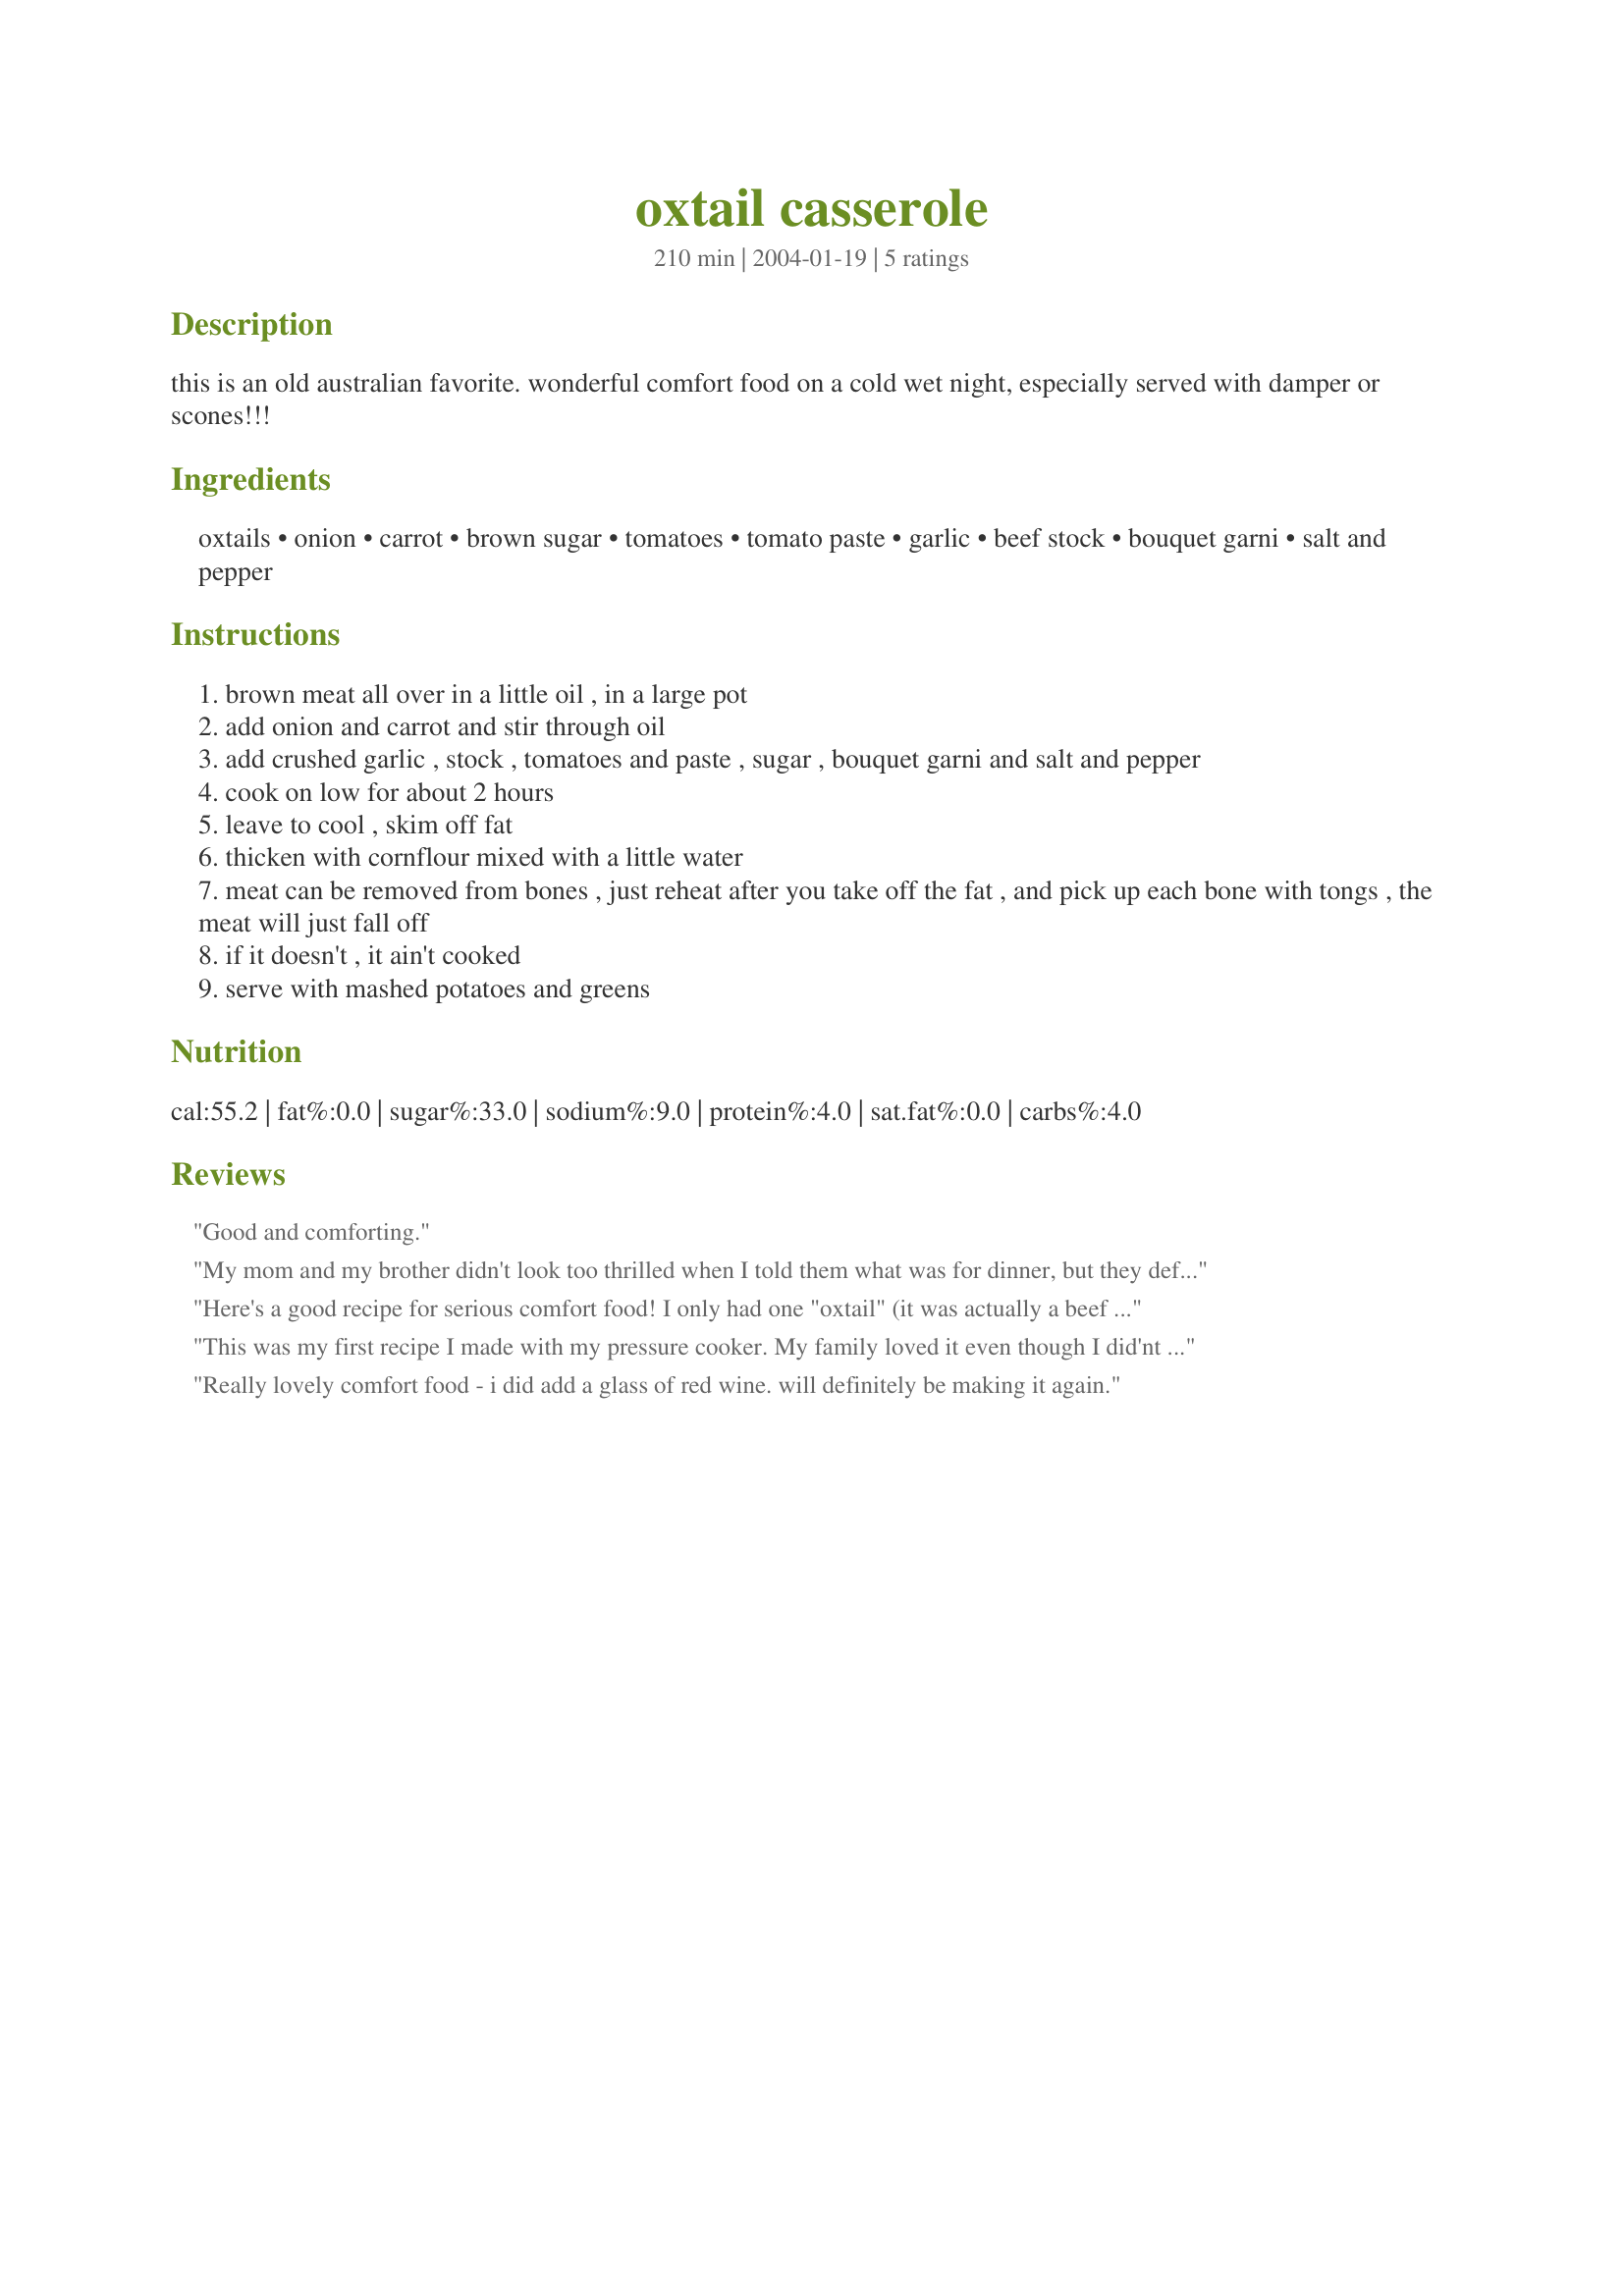
oxtail casserole
Preparation time: 210 minutes

this is an old australian favorite. wonderful comfort food on a cold wet night, especially served with damper or scones!!!

Ingredients:
oxtails, onion, carrot, brown sugar, tomatoes, tomato paste, garlic, beef stock, bouquet garni, salt and pepper

Steps:
brown meat all over in a little oil , in a large pot
add onion and carrot and stir through oil
add crushed garlic , stock , tomatoes and paste , sugar , bouquet garni and salt and pepper
cook on low for about 2 hours
leave to cool , skim off fat
thicken with cornflour mixed with a little water
meat can be removed from bones , just reheat after you take off the fat , and pick up each bone with tongs , the meat will just fall off
if it doesn't , it ain't cooked
serve with mashed potatoes and greens

Reviews:
Good and comforting.
My mom and my brother didn't look too thrilled when I told them what was for dinner, but they definitely changed their mind after tasting this :)I made this the day before and didn't bother to add the cornstarch, I just cooked it longer until the sauce reduced and thickened. And it was just lovely. Thanks mumma!
Here's a good recipe for serious comfort food! I only had one "oxtail" (it was actually a beef steer tail if you want to quibble over it!) :-) so added a couple handfuls of some "stew meat" to beef it up a bit more. Otherwise followed pretty much as is. Very filling and delicious. *Made for Aus/NZ Recipe Swap Sept 07*
This was my first recipe I made with my pressure cooker. My family loved it even though I did'nt tell then what it was til they tried it . This was very tender, and very much worth the wait.
Really lovely comfort food - i did add a glass of red wine. will definitely be making it again.
